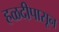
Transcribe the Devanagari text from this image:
हळदीपासून